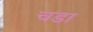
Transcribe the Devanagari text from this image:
चडा